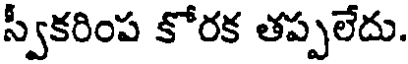
స్వీకరింప కోరక తప్పలేదు.